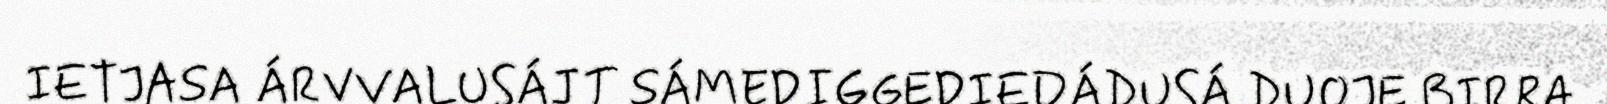
IETJASA ÁRVVALUSÁJT SÁMEDIGGEDIEDÁDUSÁ DUOJE BIRRA